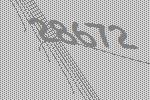
28672